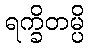
ရက္ခိတမ္ပိ